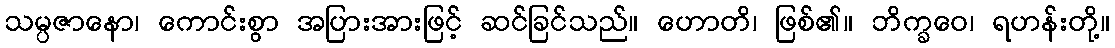
သမ္ပဇာနော၊ ကောင်းစွာ အပြားအားဖြင့် ဆင်ခြင်သည်။ ဟောတိ၊ ဖြစ်၏။ ဘိက္ခဝေ၊ ရဟန်းတို့။